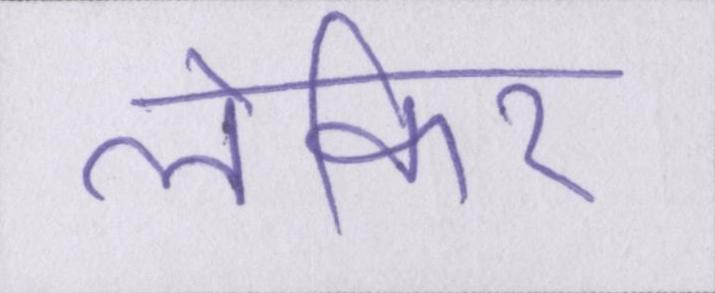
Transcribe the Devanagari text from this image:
लेकिर